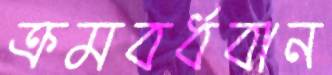
ক্রমবর্ধবান